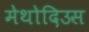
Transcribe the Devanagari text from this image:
मेथोदिउस